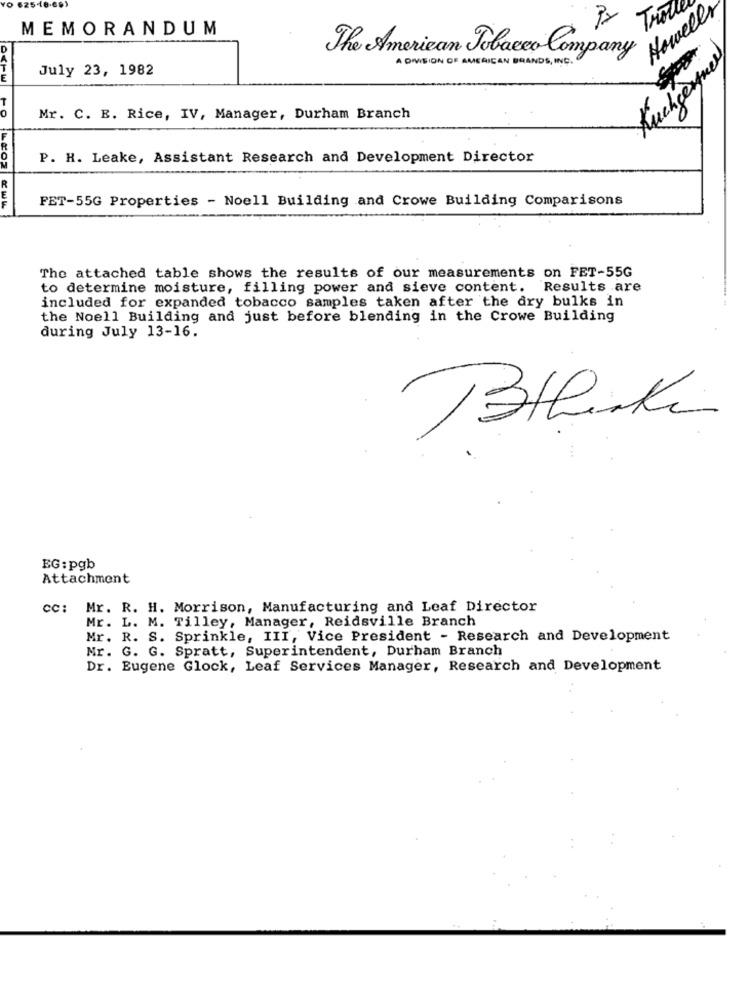
Trot
Howells
MEMORANDUM
The American Tobacco Company
A DIVISION OF AMERICAN BRANDS , INC .
Kuchgerguer
July 23, 1982
Mr. C. E. Rice, IV, Manager, Durham Branch
P. H. Leake, Assistant Research and Development Director
FET-55G Properties - Noell Building and Crowe Building Comparisons
The attached table shows the results of our measurements on FET-55G
to determine moisture, filling power and sieve content.
Results are
included for expanded tobacco samples taken after the dry bulks in
the Noell Building and just before blending in the Crowe Building
during July 13-16.
Bthink
EG: pgb
Attachment
cc: Mr. R. H. Morrison, Manufacturing and Leaf Director
Mr. L. M. Tilley, Manager, Reidsville Branch
Mr. R. S. Sprinkle, III, Vice President - Research and Development
Mr. G. G. Spratt, Superintendent, Durham Branch
Dr. Eugene Glock, Leaf Services Manager, Research and Development